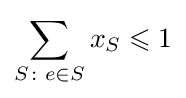
\sum _{S\colon e\in S}x_{S}\leqslant 1